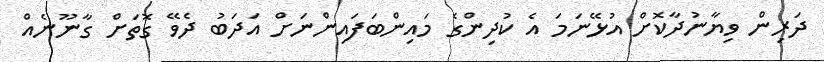
ދަރިން ވިޔާނުދާކޮށް އުޅޭނަމަ އެ ކުދިންގެ މައިންބަފައިންނަށް އަދަބު ދެވޭ ގޮތަށް ގާނޫނެއް